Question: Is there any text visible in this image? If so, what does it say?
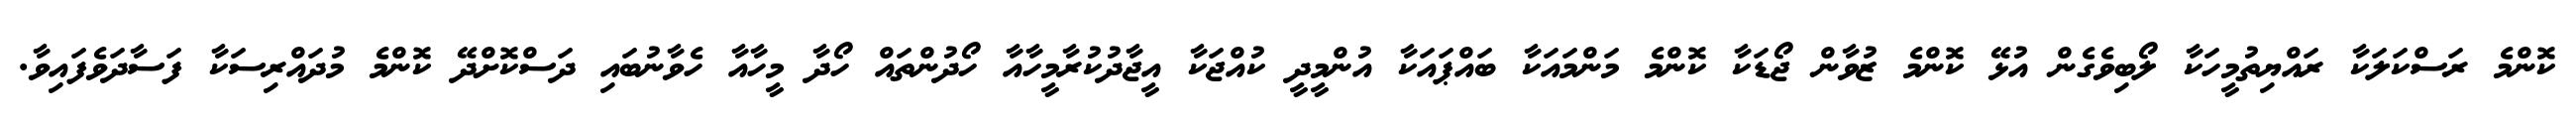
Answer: ކޮންމެ ރަސްކަލަކާ ރައްޔިތުމީހަކާ ލޯބިވެގެން އުޅޭ ކޮންމެ ޒުވާން ޖޯޑަކާ ކޮންމެ މަންމައަކާ ބައްޕައަކާ އުންމީދީ ކުއްޖަކާ އީޖާދުކުރާމީހާއާ ހޯދުންތައް ހޯދާ މީހާއާ ހެވާނުބައި ދަސްކޮށްދޭ ކޮންމެ މުދައްރިސަކާ ފަސާދަވެފައިވާ.